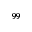
^ { 9 9 }